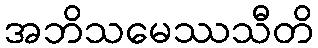
အဘိသမေဿသီတိ